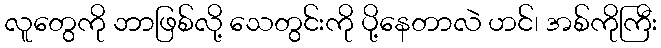
လူတွေကို ဘာဖြစ်လို့ သေတွင်းကို ပို့နေတာလဲ ဟင်၊ အစ်ကိုကြီး